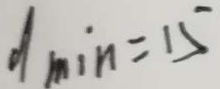
d \min = 1 5